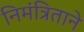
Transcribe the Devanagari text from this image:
निमंत्रिताने